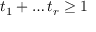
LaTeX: t _ { 1 } + \dots t _ { r } \geq 1